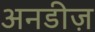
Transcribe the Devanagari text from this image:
अनडीज़